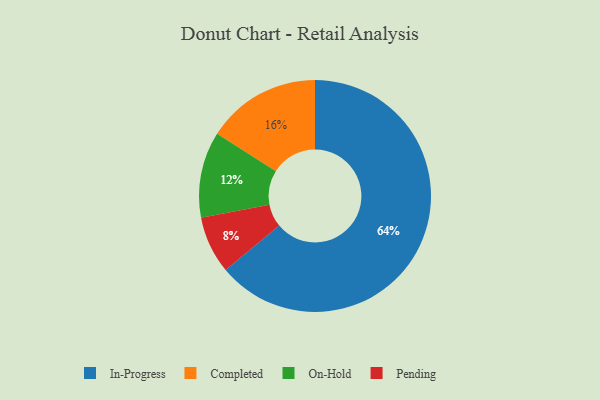
{"axis": {"x": "Category", "y": "Percentage"}, "legend": ["Completed", "In-Progress", "On-Hold", "Pending"], "data": [{"x": "In-Progress", "y": 64, "type": "In-Progress"}, {"x": "Pending", "y": 8, "type": "Pending"}, {"x": "Completed", "y": 16, "type": "Completed"}, {"x": "On-Hold", "y": 12, "type": "On-Hold"}]}